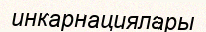
инкарнациялары